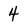
Character: 4